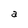
Character: a